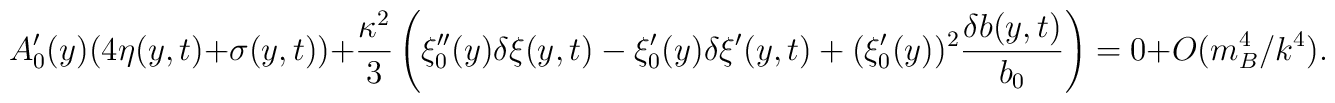
A_0^\prime(y)(4\eta(y,t)+\sigma(y,t))+\frac{\kappa^2}{3}\left(\xi_0^{\prime \prime}(y)\delta \xi(y,t)-\xi_0^\prime(y) \delta \xi^\prime(y,t)+(\xi_0^\prime (y))^2\frac{\delta b(y,t)}{b_0}\right)=0+ O(m_B^4/k^4).